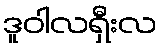
ဒူဝါလရှီးလ